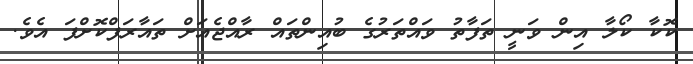
ކޮކާ ކޯލާ އިން ވަނީ ތަފާތު ވައްތަރުގެ ބުއިންތައް ރާއްޖެއަށް ތައާރަފްކޮށްފަ އެވެ.